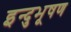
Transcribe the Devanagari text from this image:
इन्दुभूषण